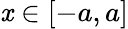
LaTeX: \mathit{x}\in[-a,a]